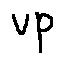
v p